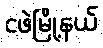
ငဖဲမြို့နယ်